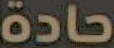
حادة